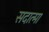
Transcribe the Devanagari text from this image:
सदात्मा